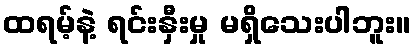
ထရမ့်နဲ့ ရင်းနှီးမှု မရှိသေးပါဘူး။